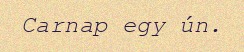
Carnap egy ún.